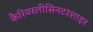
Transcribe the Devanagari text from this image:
कैरियरलीसिनटरशाइर